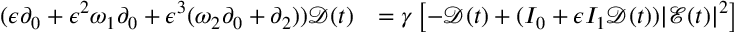
\begin{array} { r l } { ( \epsilon \partial _ { 0 } + \epsilon ^ { 2 } \omega _ { 1 } \partial _ { 0 } + \epsilon ^ { 3 } ( \omega _ { 2 } \partial _ { 0 } + \partial _ { 2 } ) ) \mathcal { D } ( t ) } & { = \gamma \left[ - \mathcal { D } ( t ) + ( I _ { 0 } + \epsilon I _ { 1 } \mathcal { D } ( t ) ) | \mathcal { E } ( t ) | ^ { 2 } \right] } \end{array}